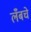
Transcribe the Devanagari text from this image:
लँबचे